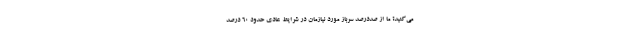
می‌کنید؟ ما از صددرصد سرباز مورد نیازمان در شرایط عادی حدود ۶۰ درصد